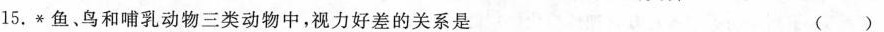
15.*鱼、鸟和哺乳动物三类动物中，视力好差的关系是 ( )